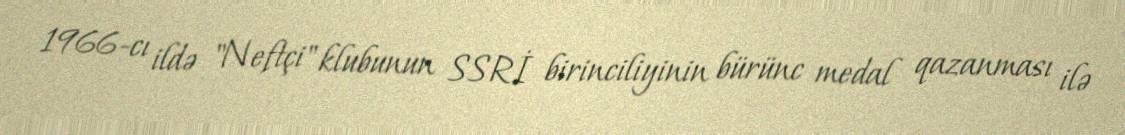
1966-cı ildə "Neftçi" klubunun SSRİ birinciliyinin bürünc medal qazanması ilə